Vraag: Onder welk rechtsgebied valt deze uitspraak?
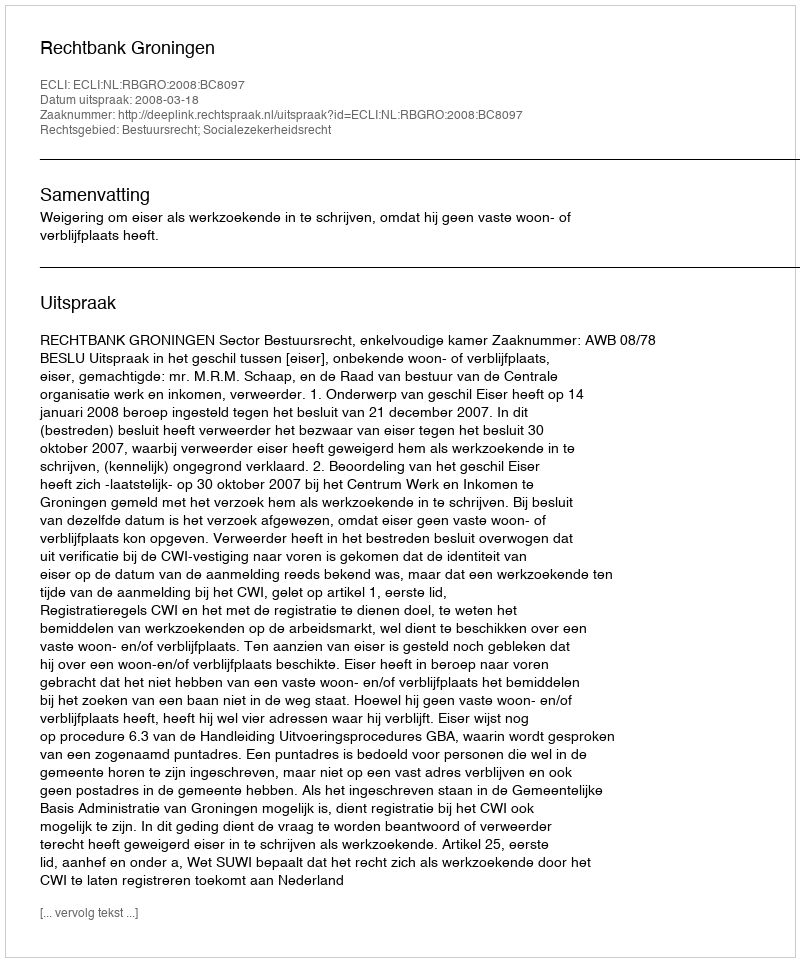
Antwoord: Bestuursrecht; Socialezekerheidsrecht